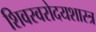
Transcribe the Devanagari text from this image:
शिवस्वरोदयशास्त्र